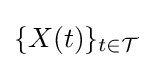
\{X(t)\}_{t\in {\mathcal {T}}}